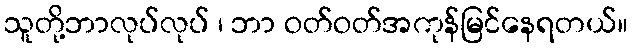
သူတို့ဘာလုပ်လုပ် ၊ ဘာ ဝတ်ဝတ်အကုန်မြင်နေရတယ်။